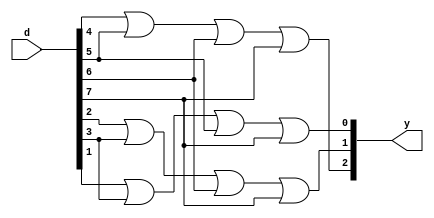
// Code your design here
module b_enc_8x3( input [7:0] d, output [2:0] y);
  
  assign y[2] = d[4] | d[5] | d[6] | d[7];
  assign y[1] = d[2] | d[3] | d[6] | d[7];
  assign y[0] = d[1] | d[3] | d[5] | d[7];
endmodule